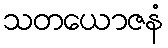
သတယောဇနံ